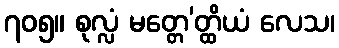
၇၀၅။ စုလ္လံ မတ္တေ’တ္ထိယံ လေသ၊